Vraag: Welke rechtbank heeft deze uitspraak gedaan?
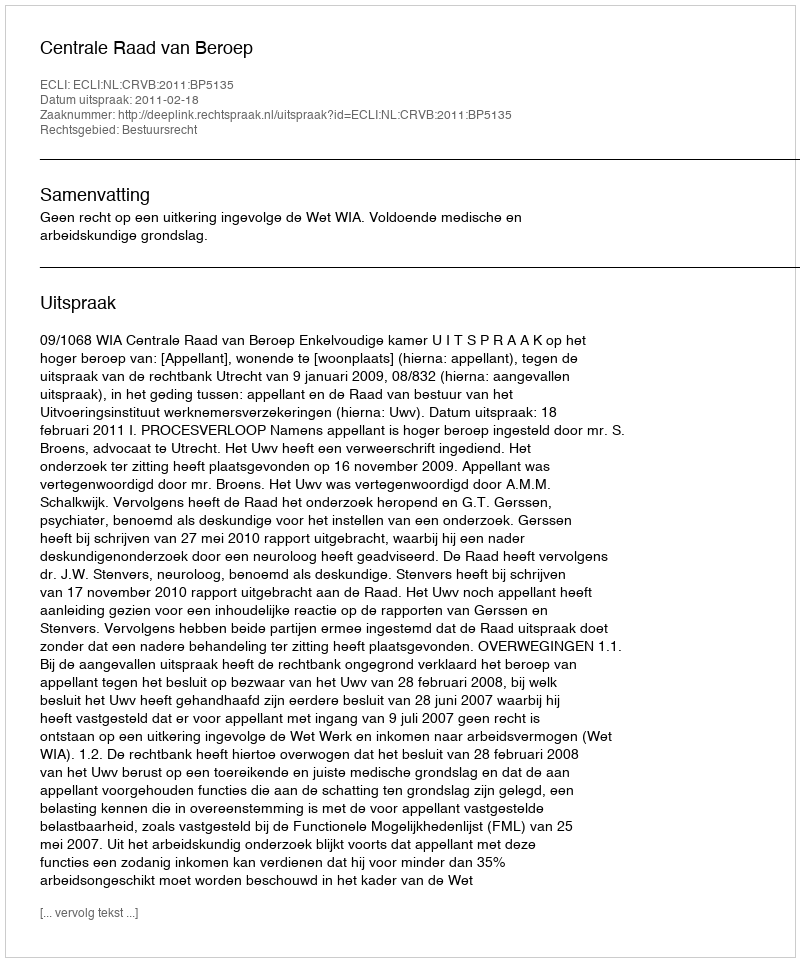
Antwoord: Centrale Raad van Beroep